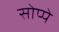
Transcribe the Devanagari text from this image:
सोप्पे